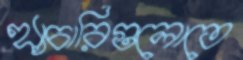
হ্যাচারিগুলোতে